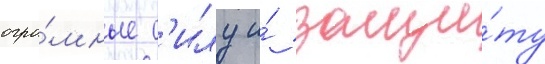
огро́мные с'илу и́ защи́ту